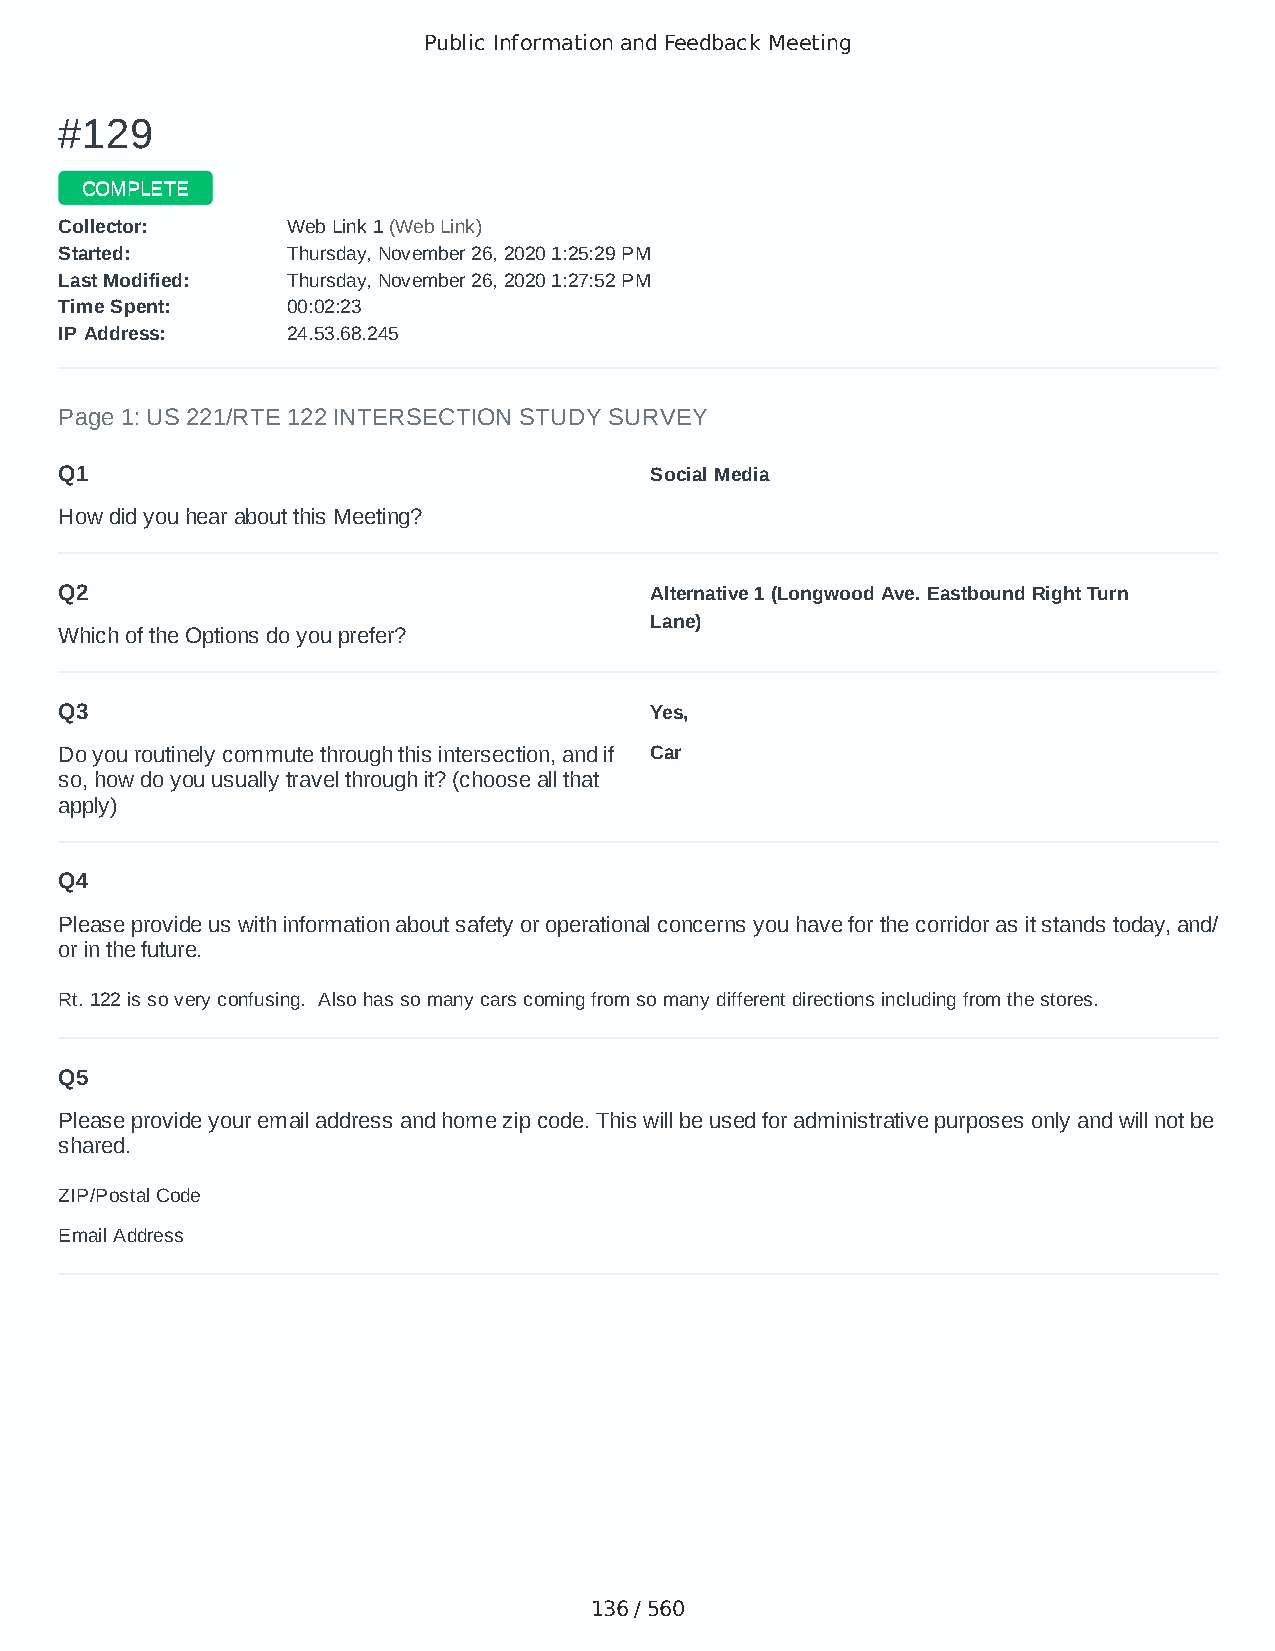
Public Information and Feedback Meeting
 ##112299
 CCOOMMPPLLEETTEE
 CCoolllleeccttoorr:: WWeebb LLiinnkk 11 ((WWeebb LLiinnkk))
 SSttaarrtteedd:: TThhuurrssddaayy,, NNoovveemmbbeerr 2266,, 22002200 11::2255::2299 PPMM
 LLaasstt MMooddiiffiieedd:: TThhuurrssddaayy,, NNoovveemmbbeerr 2266,, 22002200 11::2277::5522 PPMM
 TTiimmee SSppeenntt:: 0000::0022::2233
 IIPP AAddddrreessss:: 2244..5533..6688..224455
 Page 1: US 221/RTE 122 INTERSECTION STUDY SURVEY
 Q1                                     Social Media
 How did you hear about this Meeting?
 Q2                                     Alternative 1 (Longwood Ave. Eastbound Right Turn
 Lane)
 Which of the Options do you prefer?
 Q3                                     Yes,
 Do you routinely commute through this intersection, and if Car
 so, how do you usually travel through it? (choose all that
 apply)
 Q4
 Please provide us with information about safety or operational concerns you have for the corridor as it stands today, and/
 or in the future.
 Rt. 122 is so very confusing. Also has so many cars coming from so many different directions including from the stores.
 Q5
 Please provide your email address and home zip code. This will be used for administrative purposes only and will not be
 shared.
 ZIP/Postal Code                        24556
 Email Address                          elcfoster65@gmail.com
 136 / 560